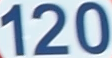
120